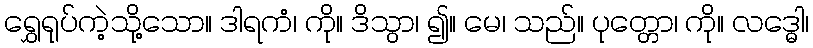
ရွှေရုပ်ကဲ့သို့သော။ ဒါရကံ၊ ကို။ ဒိသွာ၊ ၍။ မေ၊ သည်။ ပုတ္တော၊ ကို။ လဒ္ဓေါ၊